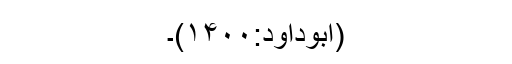
(ابوداود:۱۴۰۰)۔